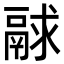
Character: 𩰻